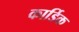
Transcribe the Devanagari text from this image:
कार्डिक